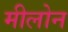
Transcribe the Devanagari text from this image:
मीलोन